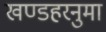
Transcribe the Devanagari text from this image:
खण्डहरनुमा